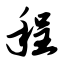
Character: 程